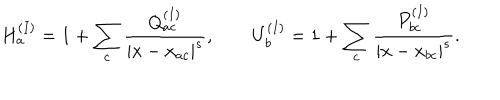
LaTeX: H _ { a } ^ { ( I ) } = 1 + \sum _ { c } \frac { Q _ { a c } ^ { ( I ) } } { | x - x _ { a c } | ^ { s } } , \qquad U _ { b } ^ { ( I ) } = 1 + \sum _ { c } \frac { P _ { b c } ^ { ( I ) } } { | x - x _ { b c } | ^ { s } } .